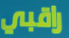
راقبي